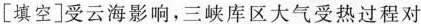
[填空]受云海影响，三峡库区大气受热过程对